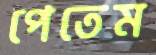
পেতেম